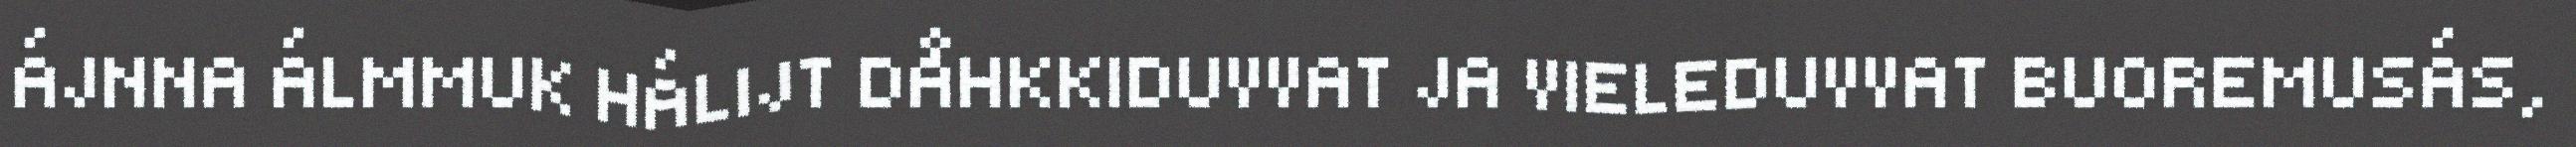
ÁJNNA ÁLMMUK HÁLIJT DÅHKKIDUVVAT JA VIELEDUVVAT BUOREMUSÁS,